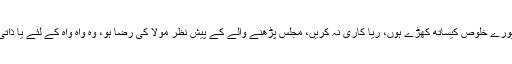
جب ماتم کر رہے ہوں تو پورے خلوص کیساتھ کھڑے ہوں، ریا کاری نہ کریں، مجلس پڑھنے والے کے پیش نظر مولا کی رضا ہو، وہ واہ واہ کے لئے یا ذاتی فائدے کے لئے نہ پڑھے۔